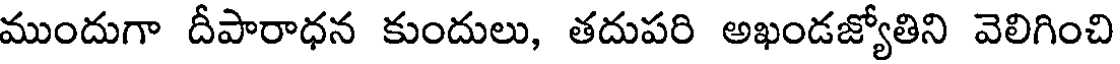
ముందుగా దీపారాధన కుందులు, తదుపరి అఖండజ్యోతిని వెలిగించి